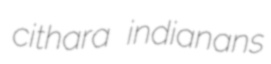
cithara indianans